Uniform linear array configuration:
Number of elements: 32
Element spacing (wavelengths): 0.75
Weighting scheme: uniform
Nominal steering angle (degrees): -45
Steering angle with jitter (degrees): -45.387
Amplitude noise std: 0.05
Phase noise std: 0.05

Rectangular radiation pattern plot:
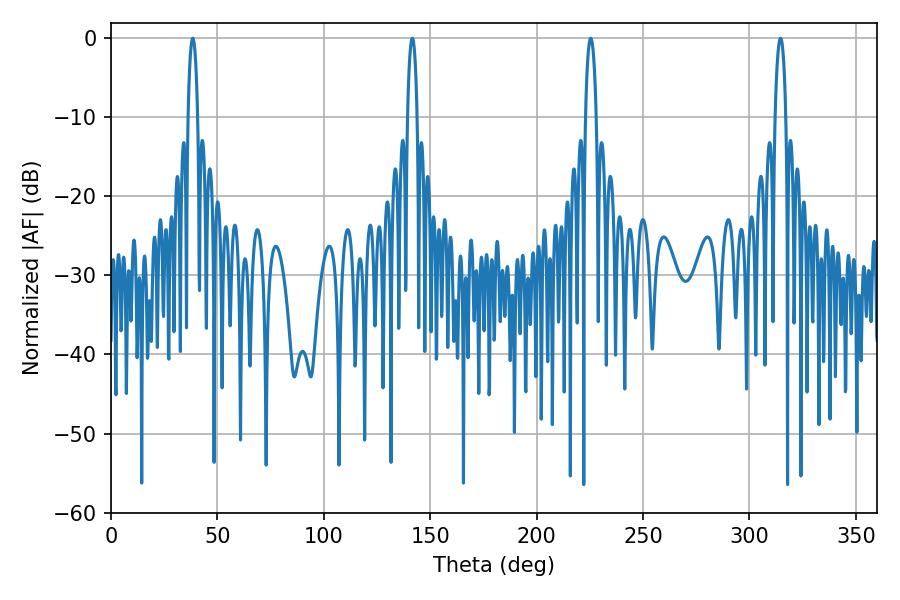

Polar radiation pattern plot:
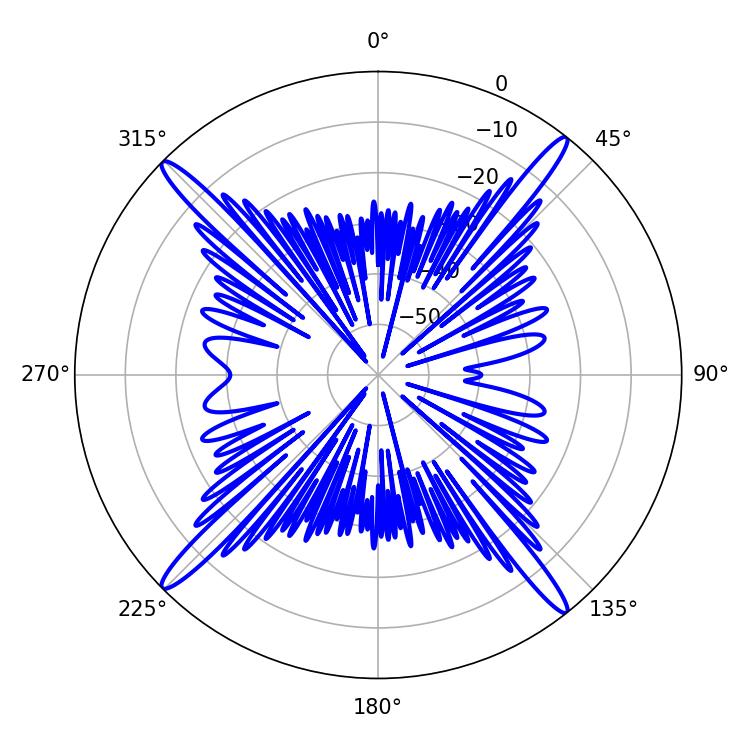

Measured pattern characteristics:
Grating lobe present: TRUE
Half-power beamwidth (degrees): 2.88
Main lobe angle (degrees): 225.36